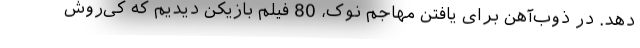
دهد. در ذوب‌آهن برای یافتن مهاجم نوک، 80 فیلم بازیکن دیدیم که کی‌روش